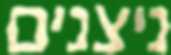
ניצנים